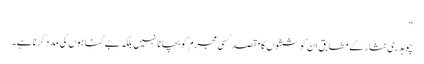
"
چوہدری نثار کے مطابق ان کوششوں کا مقصد کسی مجرم کو بچانا نہیں بلکہ بے گناہوں کی مدد کرنا ہے۔